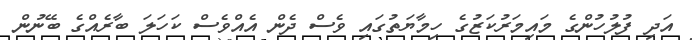
އަދި ފުލުހުންގެ މައިމަރުކަޒުގެ ހިމާޔަތުގައި ވެސް ދެން އެއްވެސް ކަހަލަ ބާރެއްގެ ބޭނުން